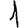
Digit: 1